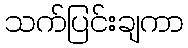
သက်ပြင်းချကာ